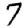
Digit: 7